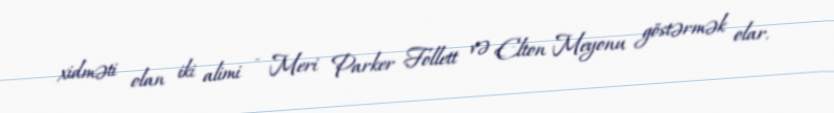
xidməti olan iki alimi - Meri Parker Follett və Elton Meyonu göstərmək olar.